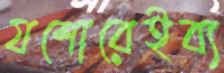
যশোরেইব্য